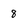
Character: 8